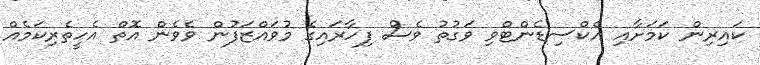
ކައިރިން ކަމަށާއި އެކްސިޑެންޓްވި ވަގުތު ވެސް ފިހާރައިގެ މުވައްޒަފުން ވެވެން އޮތް އެހީތެރިކަމެއް